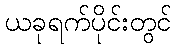
ယခုရက်ပိုင်းတွင်